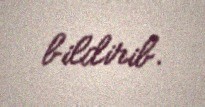
bildirib.